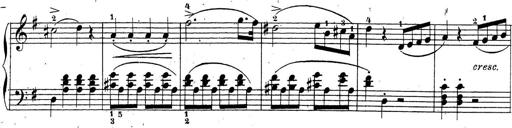
Title: 4 Sonatinas
Composer: Jacob Schmitt